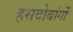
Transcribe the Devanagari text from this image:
हसदोबांगों